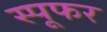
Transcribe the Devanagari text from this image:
स्पूफर